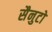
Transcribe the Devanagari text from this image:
सैनुटो